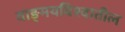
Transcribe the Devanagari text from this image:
वाङ्‌मयविश्‍वातील